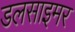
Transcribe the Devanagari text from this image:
डलसाइमर